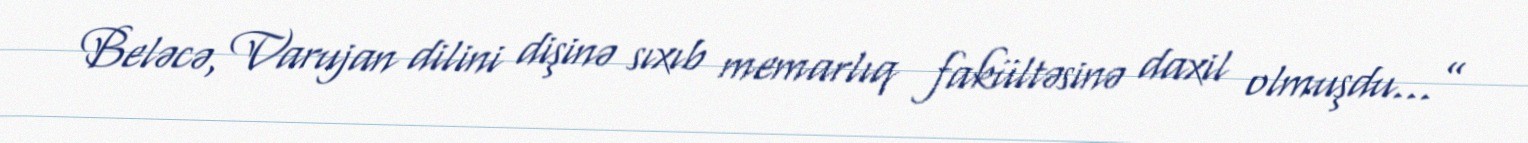
Beləcə, Varujan dilini dişinə sıxıb memarlıq fakültəsinə daxil olmuşdu...”